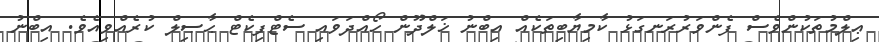
ޢިލްމުތަކުންވެސް ފެންވަރުރަނގަޅު ކާމިޔާބިތަކެއް އިބްނު ޚަލްދޫން ހޯއްދަވައި ސެޓްފިކެޓް ޙާޞިލް ކުރެއްވިއެވެ. އިބްނު